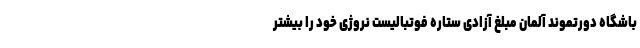
باشگاه دورتموند آلمان مبلغ آزادی ستاره فوتبالیست نروژی خود را بیشتر